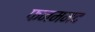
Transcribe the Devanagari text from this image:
फनममद